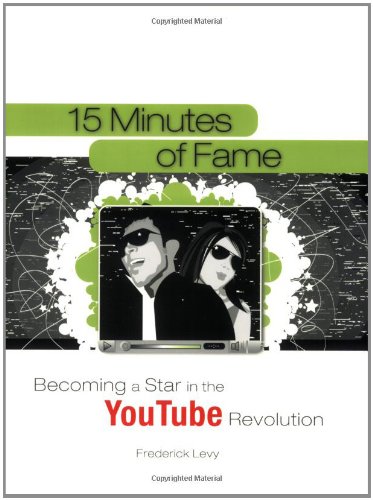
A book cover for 15 Minutes of Fame: Becoming a Star in the YouTube Revolution; Frederick Levy; Humor & Entertainment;